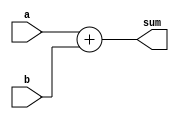
module RCA (
    a,
    b,
    sum
);
    input [3:0] a, b;
    output [3:0] sum;
    wire [4:0] c;
    assign c   = a + b;
    assign sum = c[3:0];
endmodule